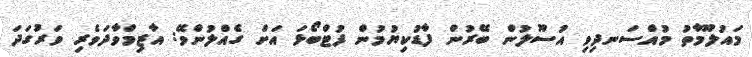
މައުލޫމާތު މުއްސަނދިވި އުސޫލުން ބޭރުން ފާޑުކިޔުމުން ފުޓްބޯޅަ އަށް ގެއްލުންވޭ: އާޒިމްވާދަވެރި ވަރުގަދަ